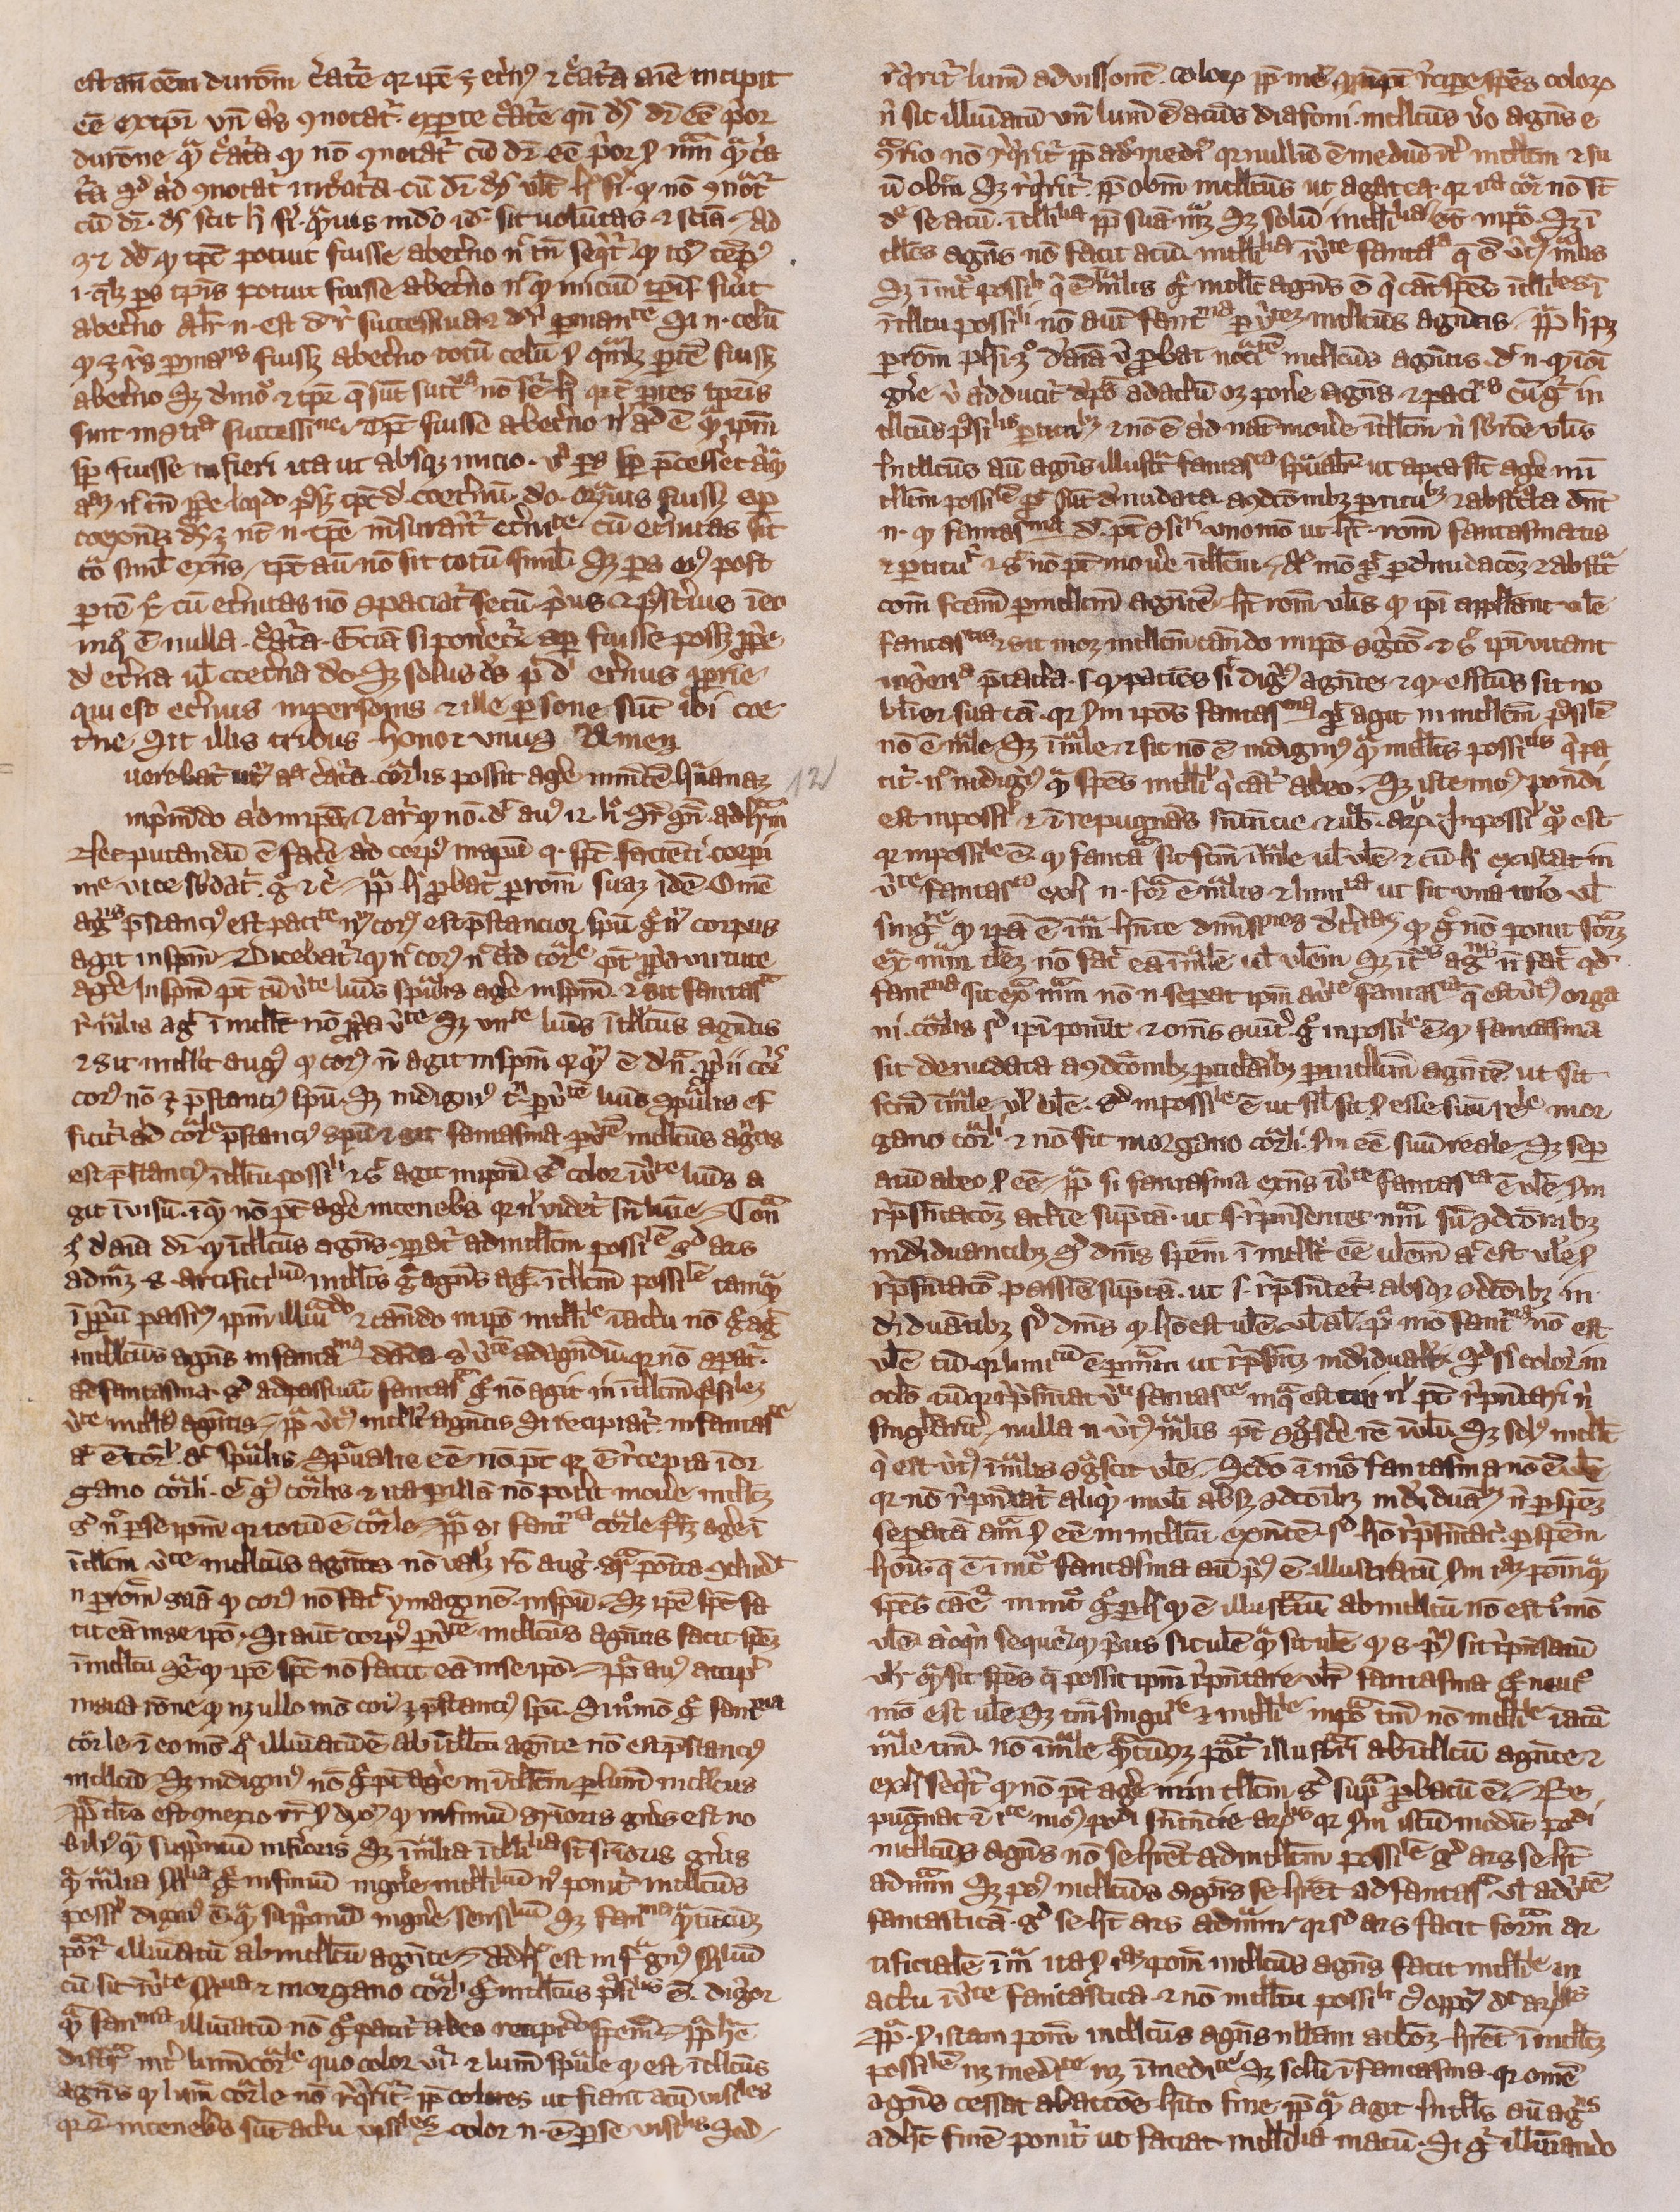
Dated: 1300–1399